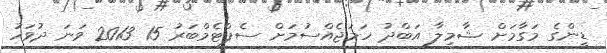
ޑީންގެ މަގާމަށް ޝާމިލާ އަބްދު ހަމަޖެއްސުމަށް ސެޕްޓެމްބަރު 15 2013 ވަނަ ދުވަހު